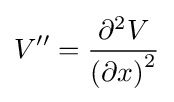
V''={\frac {\partial ^{2}V}{\left(\partial x\right)^{2}}}